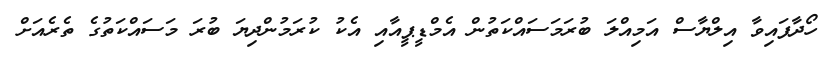
ހޯދާފައިވާ އިލްޔާސް އަމިއްލަ ބުރަމަސައްކަތުން އެމްޑީޕީއާއި އެކު ކުރަމުންދިޔަ ބުރަ މަސައްކަތުގެ ތެރެއަށް